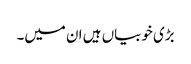
بڑی خوبیاں ہیں ان میں۔